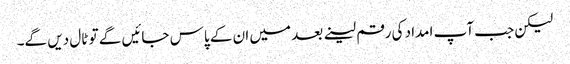
لیکن جب آپ امداد کی رقم لینے بعد میں ان کے پاس جائیں گے تو ٹال دیں گے۔